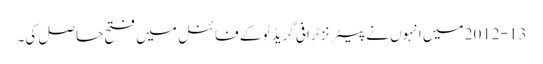
2012-13 میں انہوں نے پیٹرنز ٹرافی گریڈ ٹو کے فائنل میں فتح حاصل کی۔